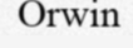
Orwin